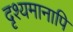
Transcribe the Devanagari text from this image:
दृश्यमानापि